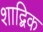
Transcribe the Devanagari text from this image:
शाद्बिक